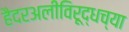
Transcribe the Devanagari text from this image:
हैदरअलीविरूद्धच्या